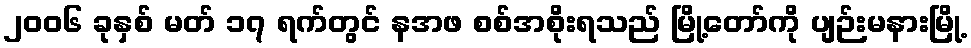
၂၀၀၆ ခုနှစ် မတ် ၁၇ ရက်တွင် နအဖ စစ်အစိုးရသည် မြို့တော်ကို ပျဉ်းမနားမြို့